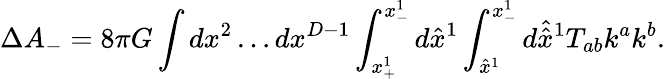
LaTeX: \Delta A_{-}=8\pi G\int dx^{2}\ldots dx^{D-1}\int_{x_{+}^{1}}^{x_{-}^{1}}d\hat{x}^{1}\int_{\hat{x}^{1}}^{x_{-}^{1}}d\hat{\hat{x}}^{1}T_{ab}k^{a}k^{b}.